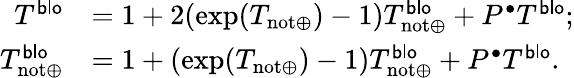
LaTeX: \begin{array}{rl}{T^{\mathsf{blo}}}&{=1+2(\exp(T_{\mathrm{not}\oplus})-1)T_{\mathrm{not}\oplus}^{\mathsf{blo}}+P^{\bullet}T^{\mathsf{blo}};}\\ {T_{\mathrm{not}\oplus}^{\mathsf{blo}}}&{=1+(\exp(T_{\mathrm{not}\oplus})-1)T_{\mathrm{not}\oplus}^{\mathsf{blo}}+P^{\bullet}T^{\mathsf{blo}}.}\end{array}